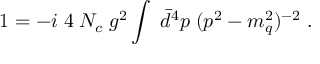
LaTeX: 1 = - i \; 4 \; N _ { c } \; g ^ { 2 } \int \; \bar { d } ^ { 4 } p \; ( p ^ { 2 } - m _ { q } ^ { 2 } ) ^ { - 2 } \; .